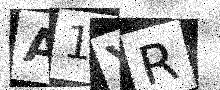
Text: A1YR